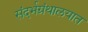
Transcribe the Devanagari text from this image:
संदर्भग्रंथालयात